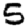
Digit: 5